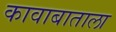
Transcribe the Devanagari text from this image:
कावाबाताला